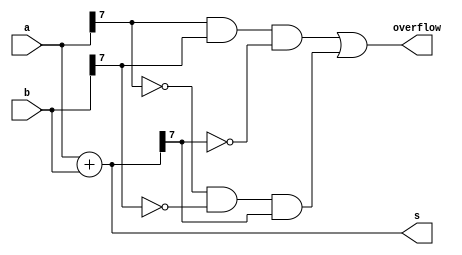
// Statement
// Assume that you have two 8-bit 2's complement numbers, a[7:0] and b[7:0]. These numbers are added to produce s[7:0].
// Also compute whether a (signed) overflow has occurred.

// Solution

module top_module (
    input [7:0] a,
    input [7:0] b,
    output [7:0] s,
    output overflow
); //
    //  2's complement for a binary number is found by inverting the numbers and adding 1
    //	i.e: 2'scomplement of 0011 is : 1100+0001 =  1101
    //
    //Also remember that MSB of the 2's complement number represents  the sign. i.e if MSB is one then the number is -ve
    //	i.e: 1101 = -8+4+0+1=-3
    //
    //If 2= 0010 then -2= 1101+1 = 1110
    //Also 2+(-2) = 1111 (This property holds for all the numbers)
    
    // we here want to check:
	// MSB determine the sign of the number
    // 2's compliment is used for reprsenting the negative number;
	// +7 => 0111;
    // -7 => +7 to 2's compiment == 1000 + 0001 = 1001;
    // Let us do the 2's compliment addition of +7 and +1;
    // (pos number so 2's compliment is same) === 0111 + 0001 = 1000 but it is not +8 it is (-8) in 2's compliment addition;
    // If we are trying to do an 4bit 2's compliment addition we can't represent the +8 in 4 bit;
	// in 2's complimet form, if we have an n bits, then we can reprsent a number system by -2^n-1 to (2^n-1) - 1;
	// while adding the 7 and 1 we are actually having the overflow so making it -8, at that condition we have to raise a flag;
	
	// we need to check the msb of the input and output, if msb of the input is +ve it must be +ve, vice versa.
	// overflow flow scenario ==> msb of both i/p is 0, o/p == 0 ; msb of both i/p == 1, o/p == 1;
	
 
    assign s = a + b;
    assign overflow = a[7]&b[7]&~s[7] || ~a[7]&~b[7]&s[7];

endmodule